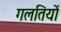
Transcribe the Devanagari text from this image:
गलतियों